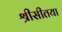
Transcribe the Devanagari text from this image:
श्रीसीतया